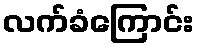
လက်ခံကြောင်း